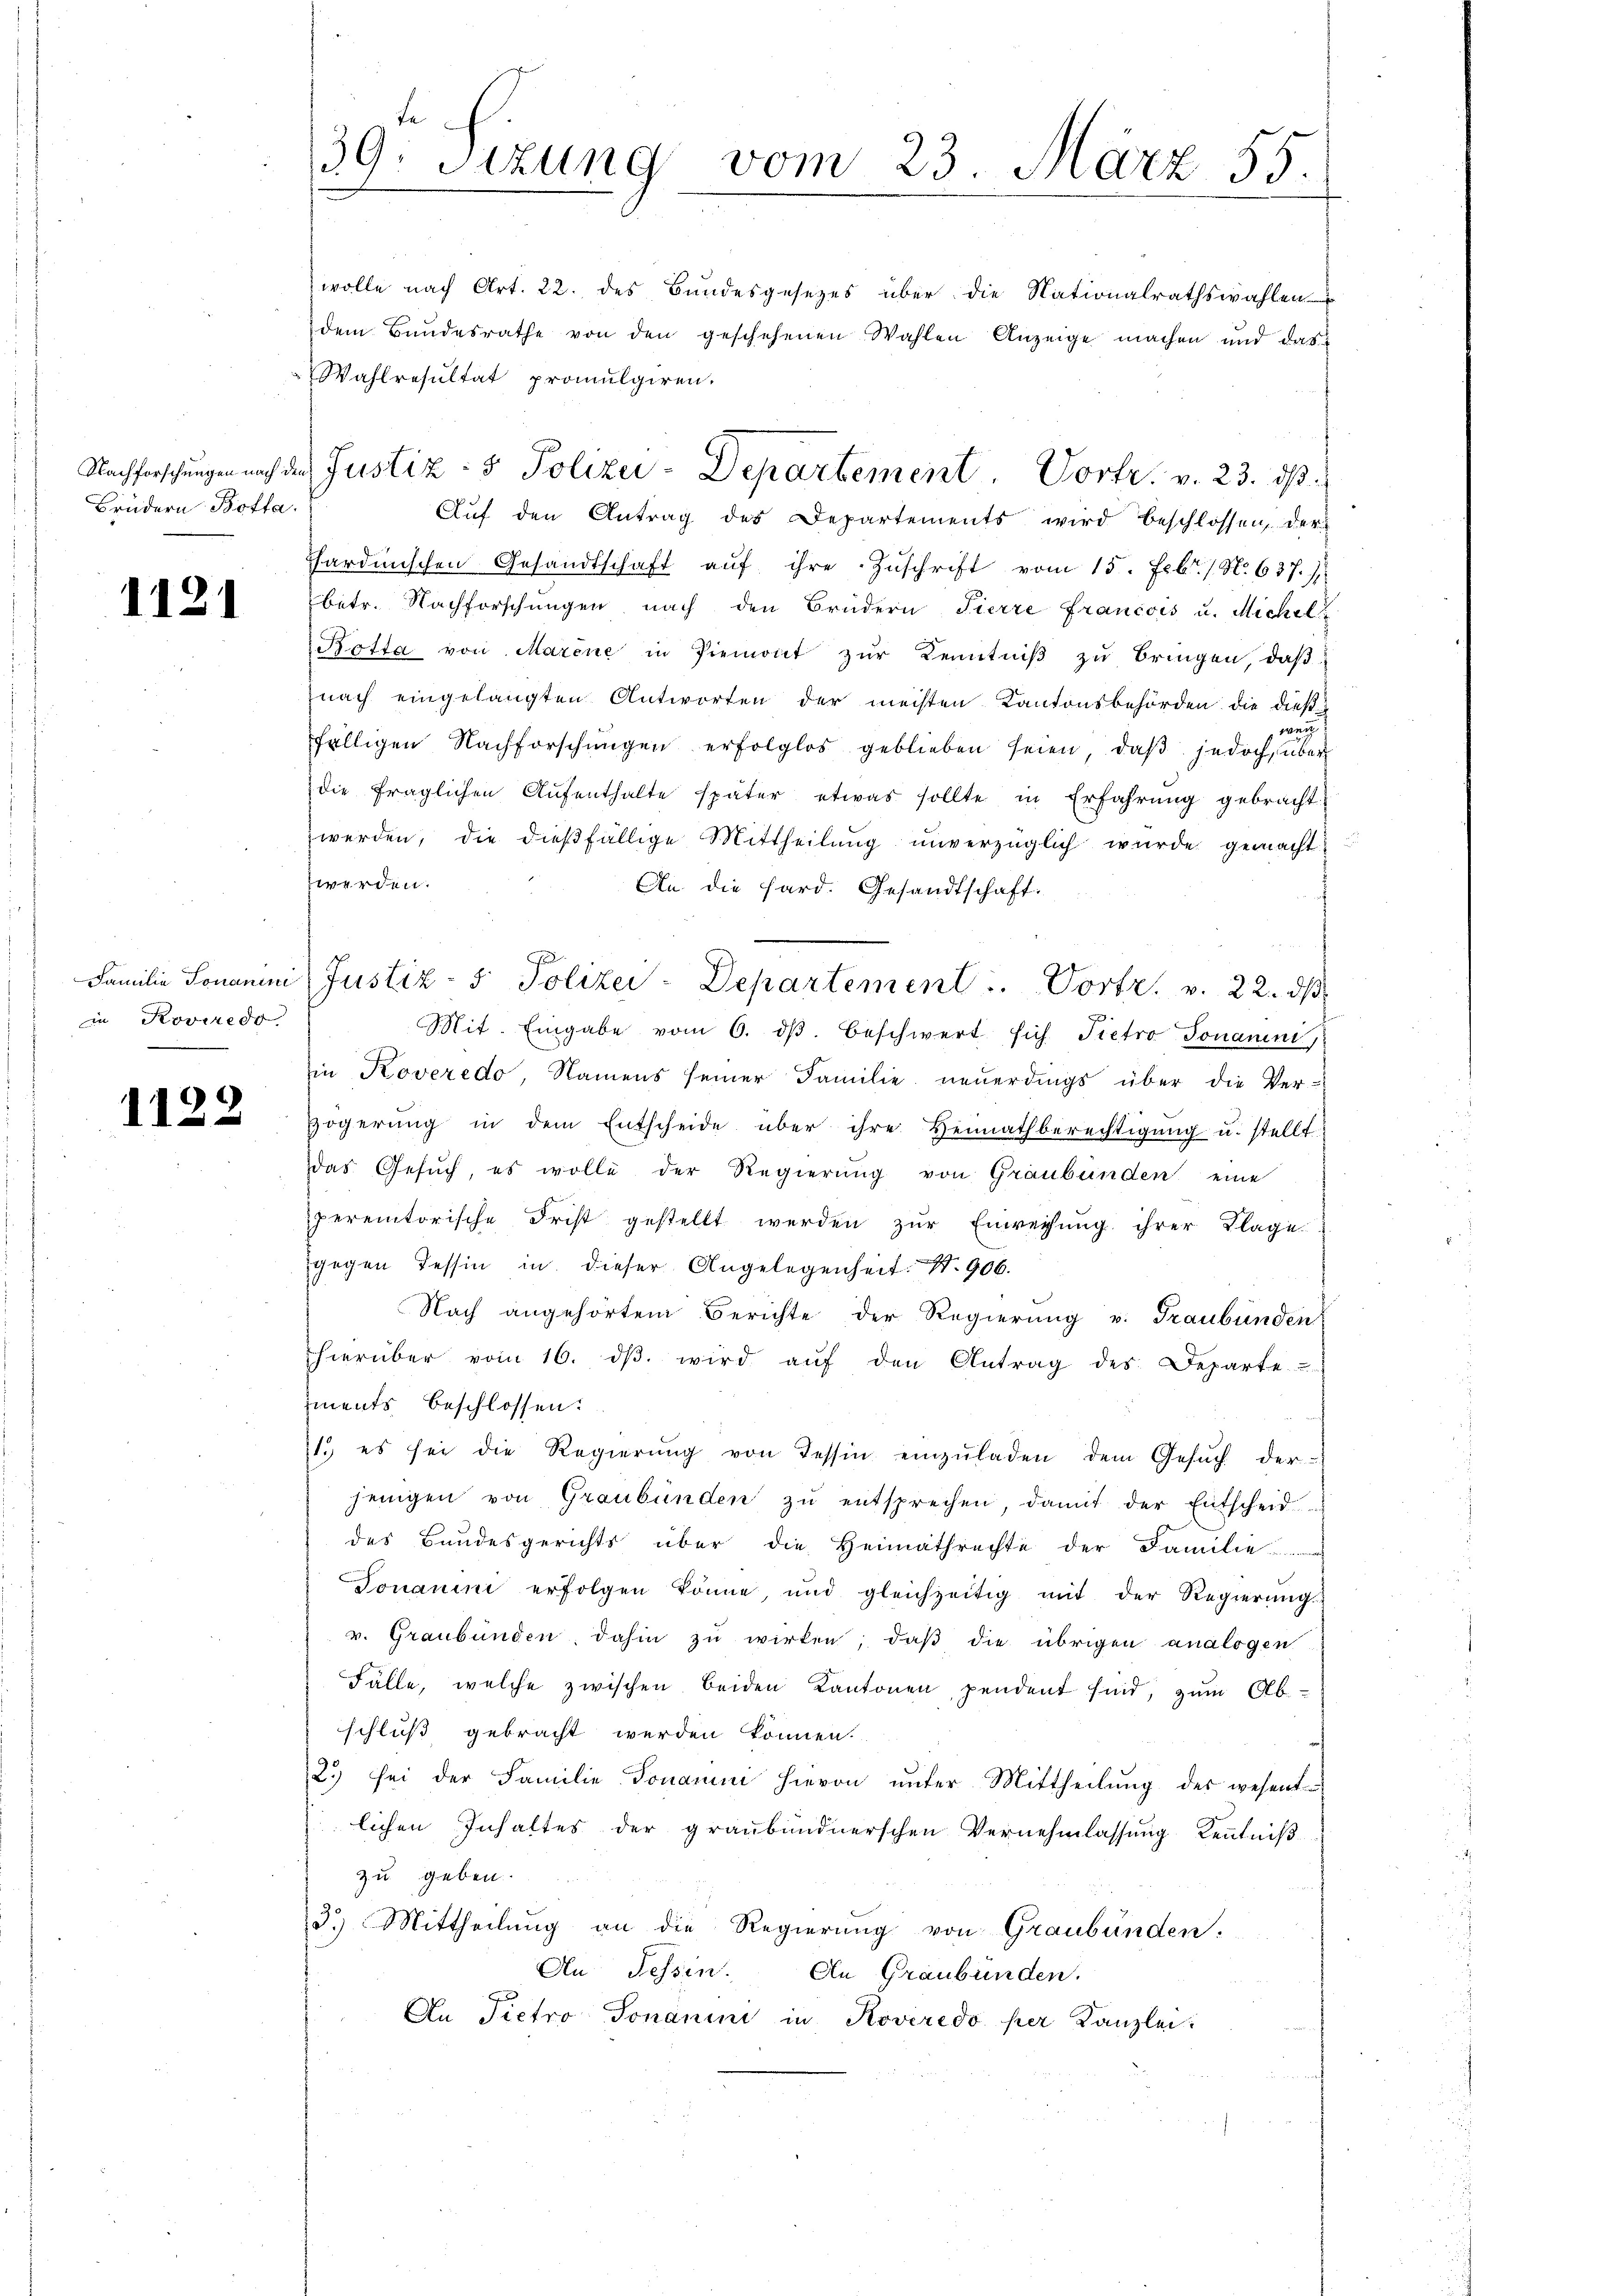
Brüdern Botta.

1121

Familie Tonanini
in Roveredo

1122

39. Sizung vom 23. März 55.

wolle nach Art. 22. des Bundesgesetzes über die Nationalrathswahlen
dem Bundesrathe von den geschehenen Wahlen Anzeige machen und das
Wahlresultat promulgiren.
Auf den Antrag des Departements wird beschlossen, der
Thardinischen Gesandtschaft aŭf ihre Zŭschrift vom 15. Febr. / N. 637.)
betr. Nachforschungen nach den Brüdern Tierre Francois u. Michel
Rotta von Marene in Piemont zŭr Kenntniß zu bringen, daß
nach eingelangten Antworten der meisten Kantonsbehörden die dießfälligen Nachforschungen erfolglos geblieben seien, daβ jedoch eine be
die fraglichen Aŭfenthalte später etwas sollte in Erfahrŭng gebracht
werden, die dießfällige Mittheilŭng unverzüglich wurde gemacht
zwerden.
An die Hard. Gesandtschaft.
Mit. Eingabe vom 6. dβ. beschwert sich Pietro Jonannt,
in Koveredo, Namens seiner Familie neŭerdings über die Ver-
zögerung in dem Entscheide über ihre Heimathberechtigung u. stellt
das Gesuch, es wolle der Regierung von Graubünden eine
peremtorische Frist gestellt werden zur Einreihung ihrer Klage
gegen Tessin in dieser Angelegenheit. N. 906.
Nach angehörtem Berichte der Regierung u. Graubünden
hierüber vom 16. dβ wird aŭf den Antrag des Departe
iments beschlossen:
1. es sei die Regierŭng von Tessin einzŭladen dem Gesŭch der-
jenigen von Graubünden zŭ entsprechen, damit der Entscheid
des Bandesgerichts über die Heimathrechte der Familie
Jonanini erfolgen könne, und gleichzeitig mit der Regierŭngs-
v. Graubünden dahin zŭ wirken, daβ die übrigen analogen
Fälle, welche zwischen beiden Kantonen, pendent sind, zum Abschluß gebracht werden können.
2) sei der Familie Tonarii hievon unter Mittheilung der wesent-
lichen Inhaltes der graubündnerschen Vernehmlassung Kenntniß
zu geben.
3.) Mittheilung an die Regierung von Graubünden.
An Tessin. An Graubünden.
An Pietro Jonanini in Roveredo per Kanzlei.

Nachforschungen nach den Justiz- & Polizei-Departement. Vortr. v. 23. ds.

F
Justiz- & Polizei-Departement  ..  Vortr. v. 22. ds